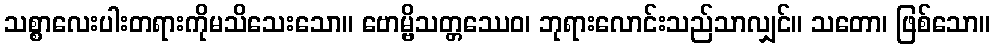
သစ္စာလေးပါးတရားကိုမသိသေးသော။ ဗောမ္ဗိသတ္တဿေဝ၊ ဘုရားလောင်းသည်သာလျှင်။ သတော၊ ဖြစ်သော။